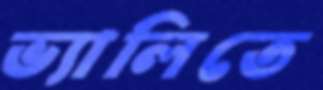
ভ্যালিতে